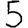
Digit: 5